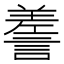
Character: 𧪰